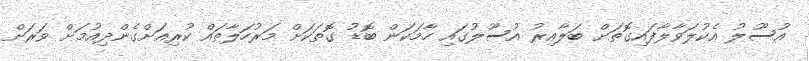
އުސޫލު އެކުލަވާލާފައިގޮތަށް ބަލާއިރު އުސޫލުގައި ހާމަކަން ބޮޑު ގޮތަކަށް މަރުހަލާތައް ކުރިއަށްގެންދިއުމަށް ވަރަށް